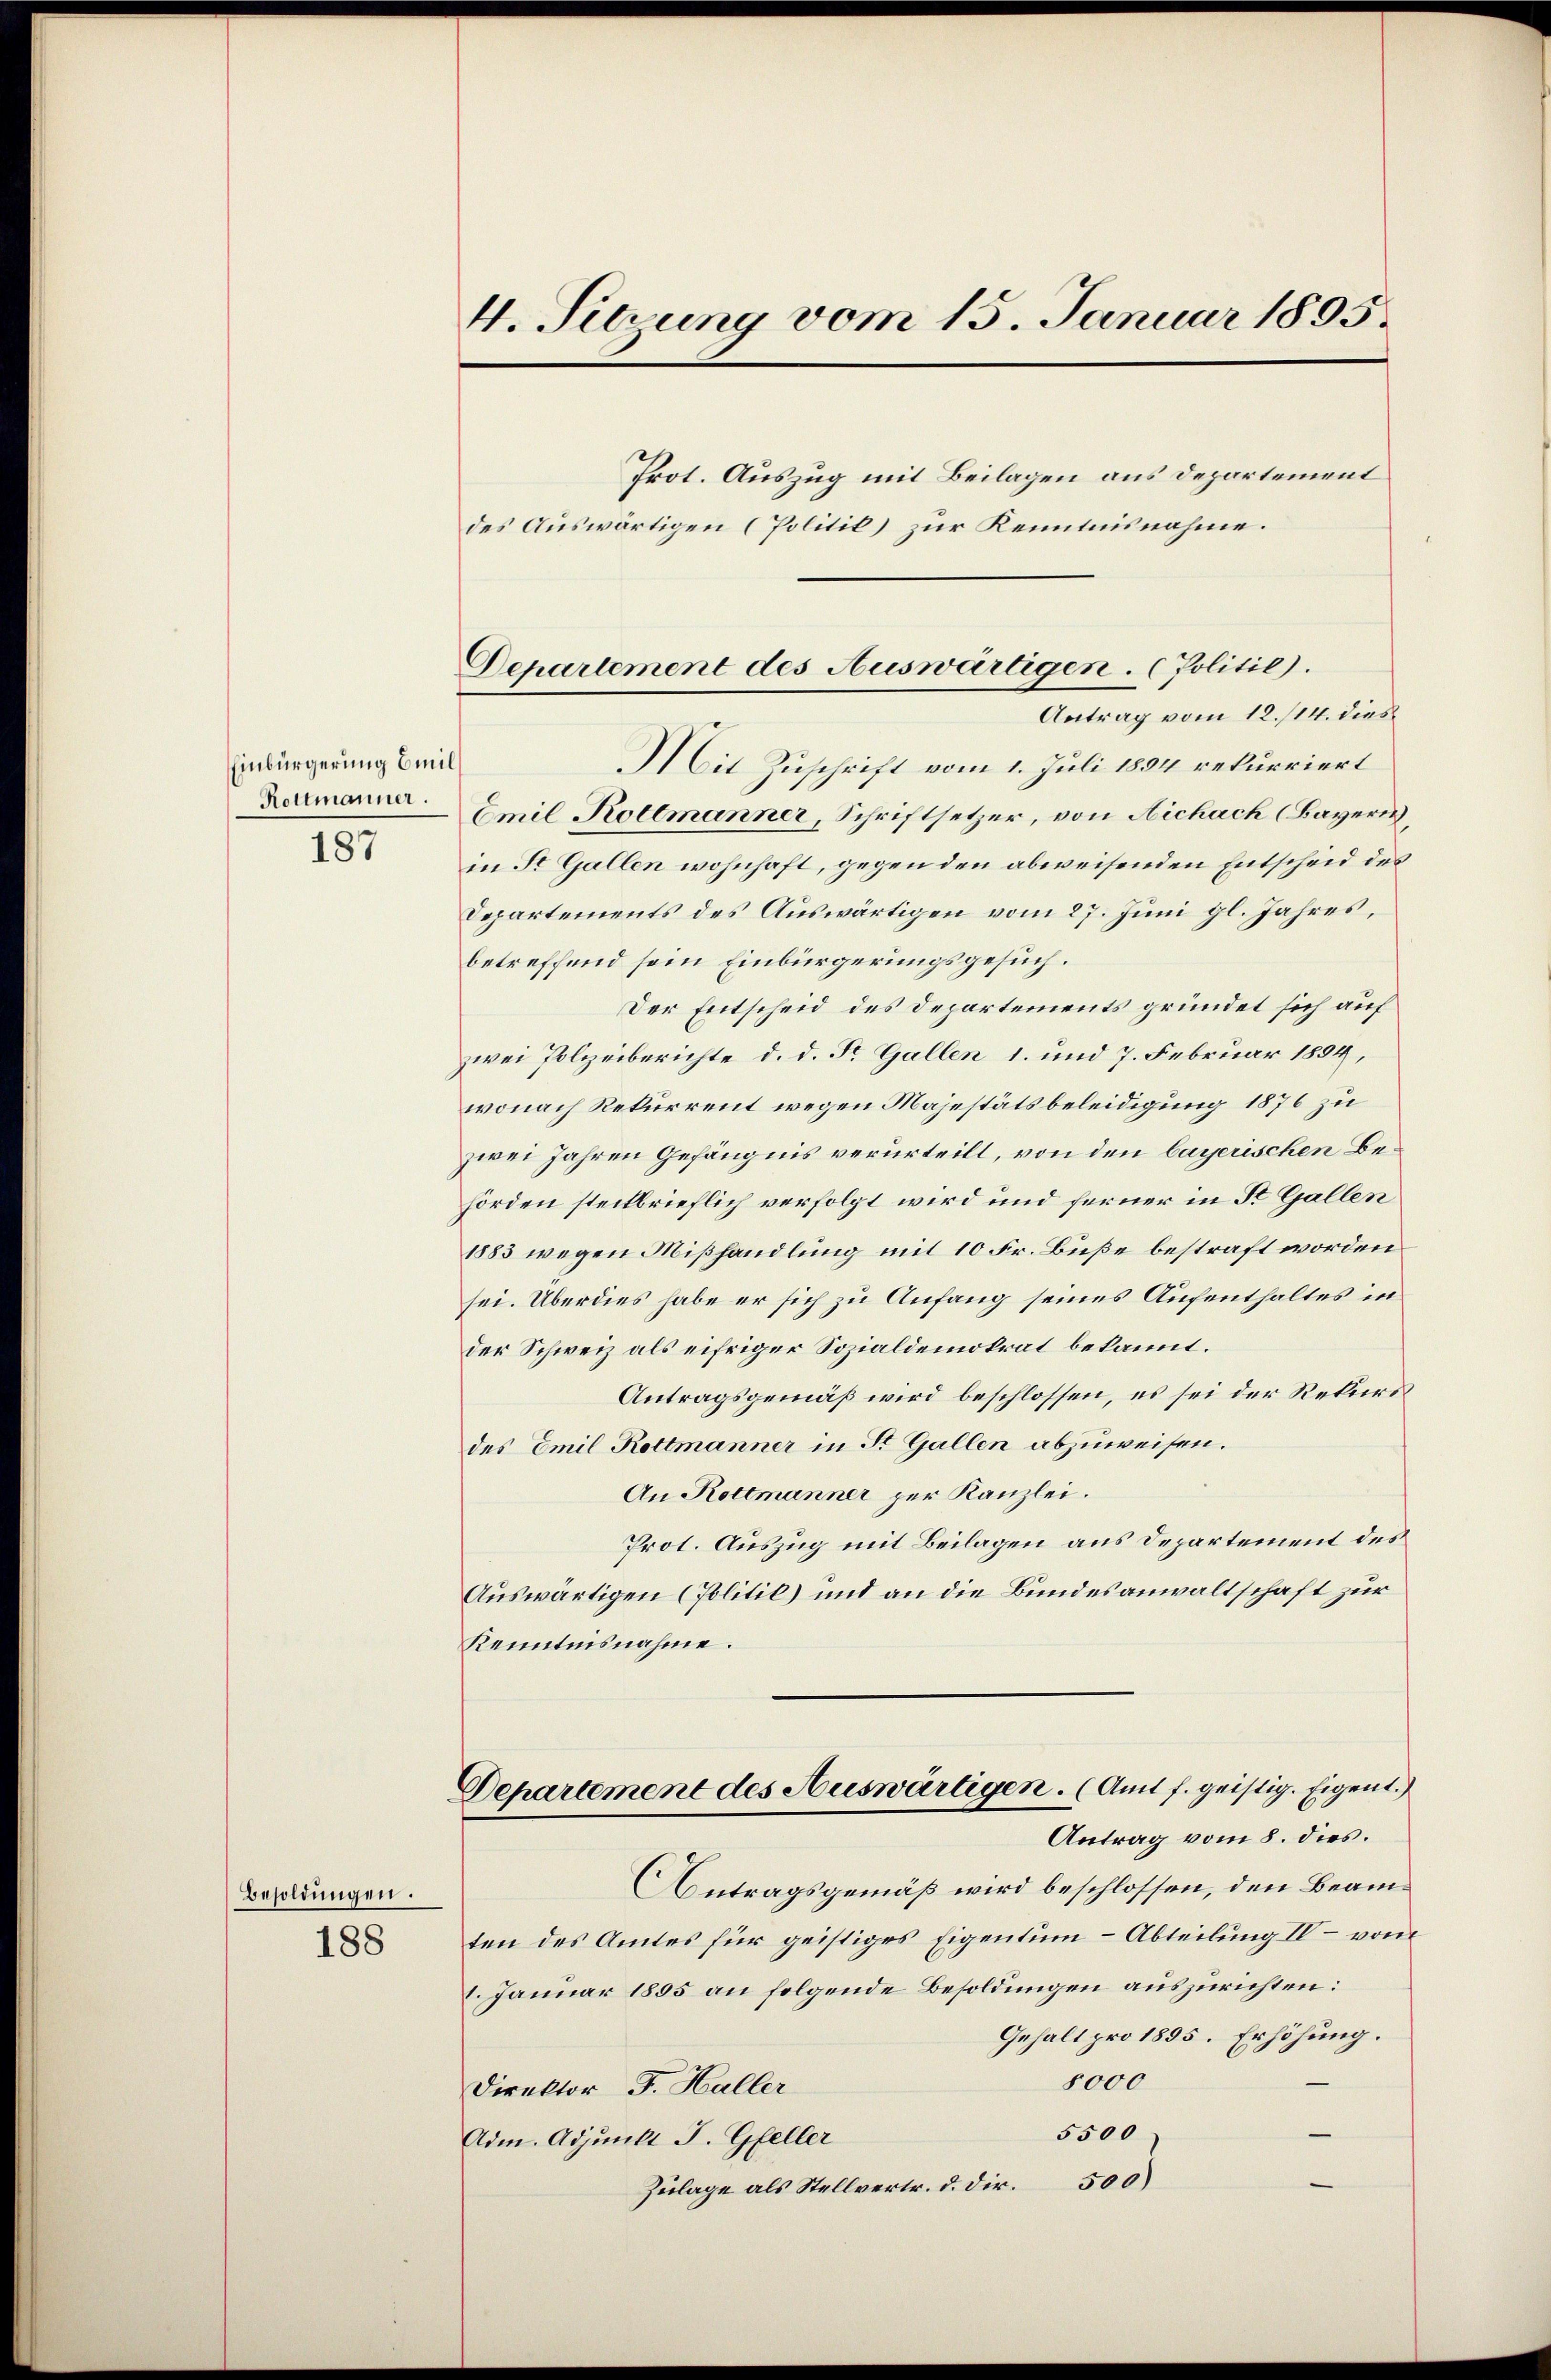
Einbürgerung Emil
Rottmänner.
187

Besoldungen.

188

4. Sitzung vom 15. Januar 1895.

Prot. Auszug mit Beilagen aus Departement
Mit Zuschrift vom 1. Juli 1894 rekurriert
Emil Kollmanner, Schriftsetzer, von Aichach (Bayerich,
in St. Gallen wohnhaft, gegen den abweisenden Entscheid des
Departements des Auswärtigen vom 27. Juni gl. Jahres,
betreffend sein Einbürgerungsgesuch.
Der Entscheid des Departements gründet sich auf
zwei Polizeiberichte d. d. St. Gallen 1. und 7. Februar 1894,
wonach Rekurrent wegen Majestätsbeleidigung 1876 zu
zwei Jahren Gefängnis verurteilt, von den bayerischen Behörden steckbrieflich verfolgt wird und ferner in St. Gallen
1883 wegen Mißhandlung mit 10 Fr. Buße bestraft worden.
sei. Überdies habe er sich zu Anfang seines Aufenthaltes in
der Schweiz als eifriger Sozialdemokrat bekannt.
Antragsgemäß wird beschlossen, es sei der Rekurs
des Emil Rottmänner in St. Gallen abzuweisen.
An Rottmanner per Kanzlei.
Prot. Auszug mit Beilagen aus Departement des
Auswärtigen (Politil) und an die Bundesanwaltschaft zur
Kenntnisnahme.
Departement des Auswärtigen. (Amt f. geistig. Eigent.)
Antrag vom 8. dies.
Antragsgemäß wird beschlossen, den Beamten des Amtes für geistiges Eigentum Abteilung IV – vom
1. Januar 1895 an folgende Besoldungen auszurichten:
Gehalt pro 1895. Erhöhung.
8000
Direktor J. Haller
5500
Adm. Adjunkt J. Gfeller
Zulage als Stellvertr. d. dir. 500)

des Auswärtigen (Politik) zur Kenntnisnahme.

Departement des Auswärtigen. (Politic).
Antrag vom 12./14. dies